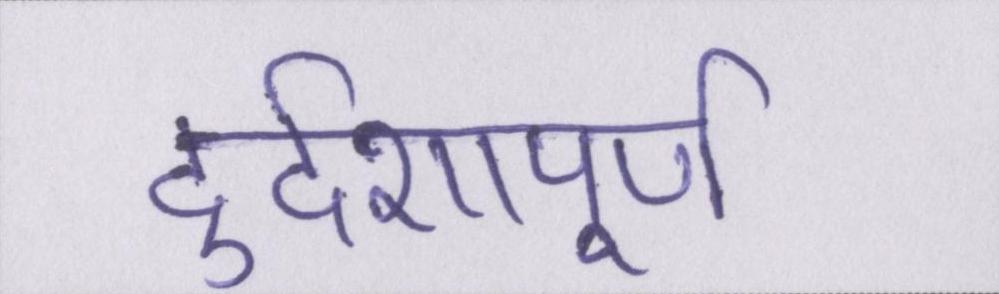
दुर्दशापूर्ण